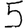
Digit: 5